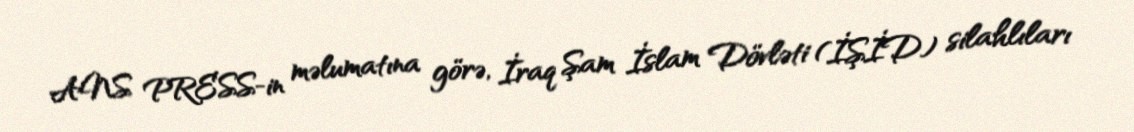
ANS PRESS-in məlumatına görə, İraq Şam İslam Dövləti (İŞİD) silahlıları